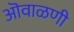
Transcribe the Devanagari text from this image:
ऒवाळणी